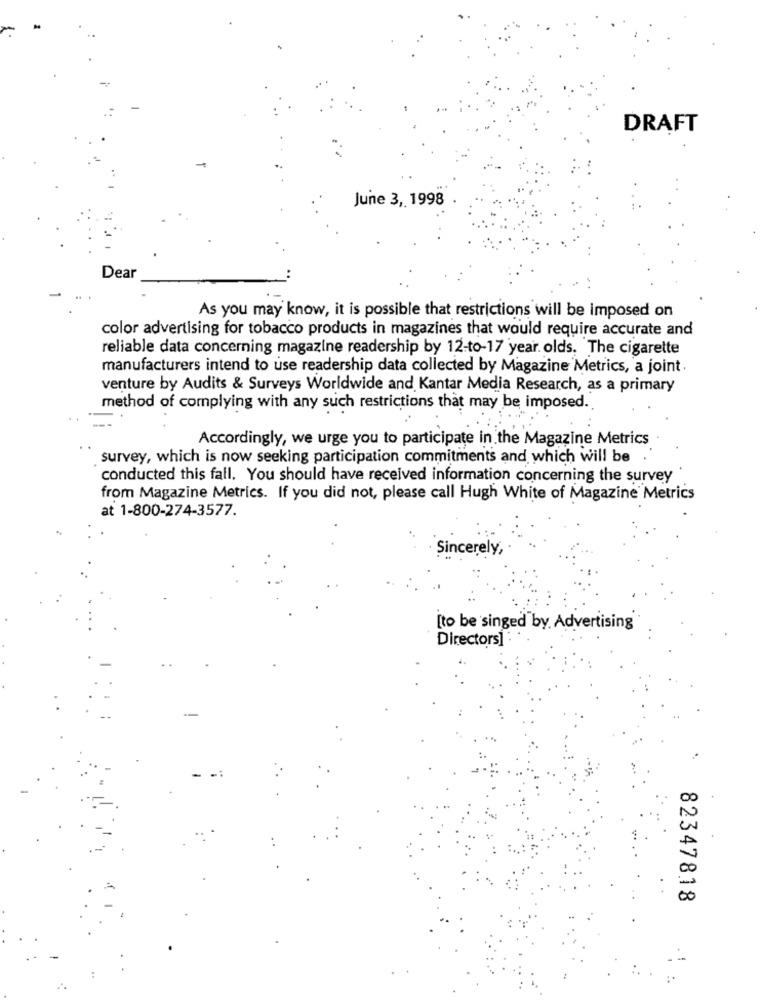
DRAFT
June 3, 1998
Dear
As you may know, it is possible that restrictions will be imposed on
color advertising for tobacco products in magazines that would require accurate and
reliable data concerning magazine readership by 12-to-17 year olds. The cigarette
manufacturers intend to use readership data collected by Magazine Metrics, a joint
venture by Audits & Surveys Worldwide and Kantar Media Research, as a primary
method of complying with any such restrictions that may be imposed.
Accordingly, we urge you to participate in the Magazine Metrics
survey, which is now seeking participation commitments and which will be
conducted this fall, You should have received information concerning the survey
from Magazine Metrics. If you did not, please call Hugh White of Magazine Metrics
at 1-800-274-3577.
Sincerely,
[to be 'singed by Advertising
Directors]
82347818